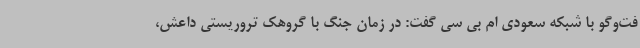
فت‌وگو با شبکه سعودی ام بی سی گفت: در زمان جنگ با گروهک تروریستی داعش،